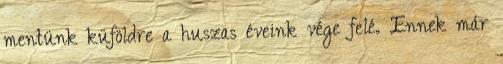
mentünk küföldre a huszas éveink vége felé. Ennek már